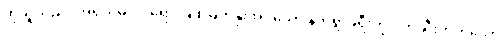
ထိုသူသည်။ အရိယမဂ္ဂါဝရော၊ ချစ်မြတ်နိုးအပ်သော နတ်ရွာခရီးကို ပိတ်ဆီးတတ်သော